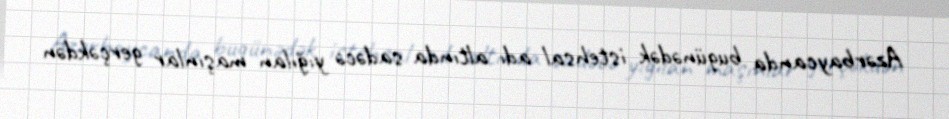
Azərbaycanda bugünədək istehsal adı altında sadəcə yığılan maşınlar gerçəkdən